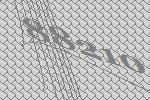
88210